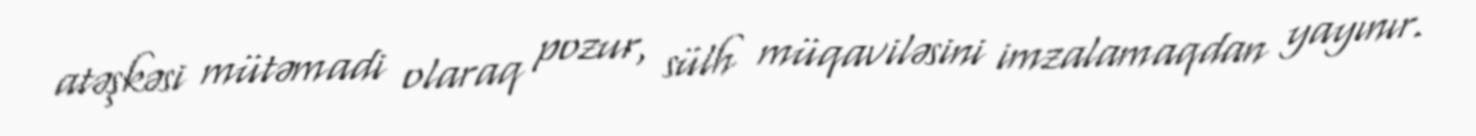
atəşkəsi mütəmadi olaraq pozur, sülh müqaviləsini imzalamaqdan yayınır.